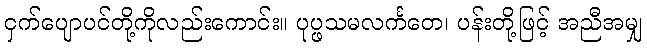
ငှက်ပျောပင်တို့ကိုလည်းကောင်း။ ပုပ္ဖသမလင်္ကတေ၊ ပန်းတို့ဖြင့် အညီအမျှ